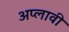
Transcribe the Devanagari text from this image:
अप्लावी